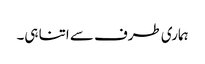
ہماری طرف سے اتنا ہی۔